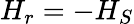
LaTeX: H_{r}=-H_{S}